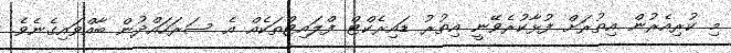
މި ކުރިއެރުން އިތުރަށް ފުޅާކުރެވޭނީ އިތުރު ޑައިރެކްޓް ފްލައިޓްތަކެއް އެ ސަރަހައްދުން ބާއްވައިގެނެވެ.